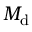
M _ { \mathrm { d } }